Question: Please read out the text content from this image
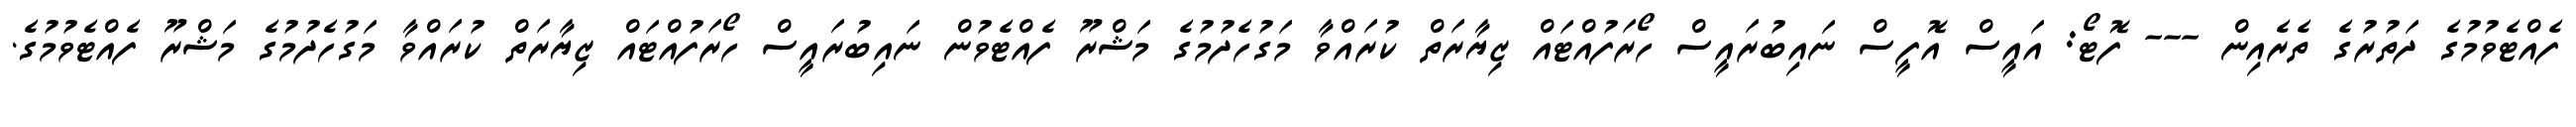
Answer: ފެއްޓެވުމުގެ ދަތުރުގެ ތެރެއިން --- ފޮޓޯ: އައީސް އޮފީސް ނައިބުރައީސް ހޯރަފުއްޓައް ޒިޔާރަތް ކުރައްވާ މަގުހެދުމުގެ މަޝްރޫ ފެއްޓެވުން ނައިބުރައީސް ހޯރަފުއްޓައް ޒިޔާރަތް ކުރައްވާ މަގުހެދުމުގެ މަޝްރޫ ފެއްޓެވުމުގެ.